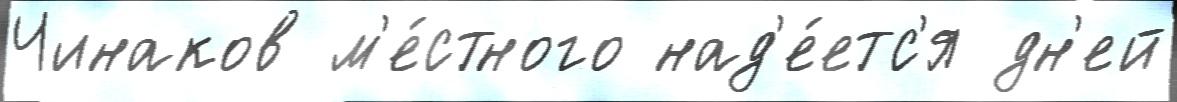
Чинаков м'е́стного над'е́етс'я дн'ей